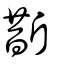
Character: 斮